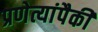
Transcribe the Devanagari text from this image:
प्रणेत्यांपैकी